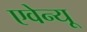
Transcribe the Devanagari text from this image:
एवेन्‍यू